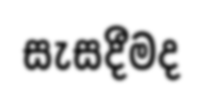
සැසදීමද